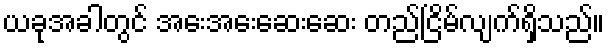
ယခုအခါတွင် အေးအေးဆေးဆေး တည်ငြိမ်လျက်ရှိသည်။